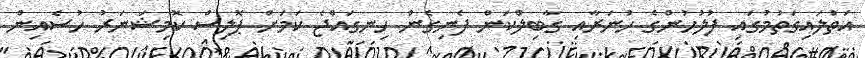
އަތުލައިގަތުމުގައި ފުލުހުންގެ ހުނަރާއި ގާބިލްކަން ފެނިގެން ހިނގައްޖެ ކަމަށް ޕޮލިސް ކޮމިޝަނަރު ހުސެއިން